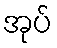
အုပ်